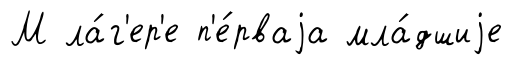
М ла́г'ер'е п'е́рваjа мла́дшиjе